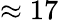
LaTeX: \approx 17